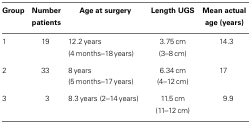
| Group | Number patients | Age at surgery | Length UGS | Mean actual age (years) |
 | --- | --- | --- | --- | --- |
 | 1 | 19 | 12.2 years (4 months–18 years) | 3.75 cm (3–8 cm) | 14.3 |
 | 2 | 33 | 8 years (5 months–17 years) | 6.34 cm (4–12 cm) | 17 |
 | 3 | 3 | 8.3 years (2–14 years) | 11.5 cm (11–12 cm) | 9.9 |